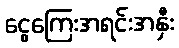
ငွေကြေးအရင်းအနှီး